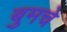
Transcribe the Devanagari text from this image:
बुमचे